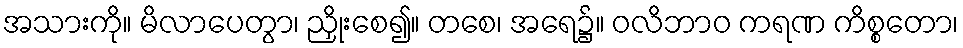
အသားကို။ မိလာပေတွာ၊ ညှိုးစေ၍။ တစေ၊ အရေ၌။ ဝလိဘာဝ ကရဏ ကိစ္စတော၊